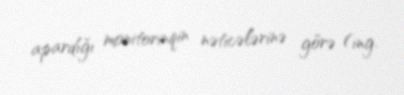
apardığı monitorinqin nəticələrinə görə (ing.